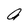
Character: a